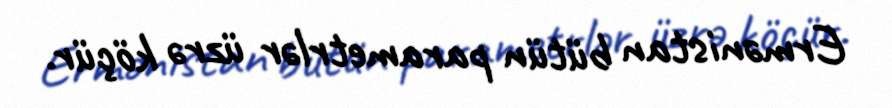
Ermənistan bütün parametrlər üzrə köçür.